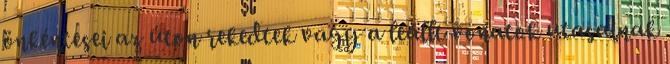
önkéntesei az úton rekedtek vagy a leállt vonatok utasainak